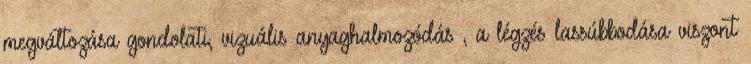
megváltozása gondolati, vizuális anyaghalmozódás , a légzés lassúbbodása viszont